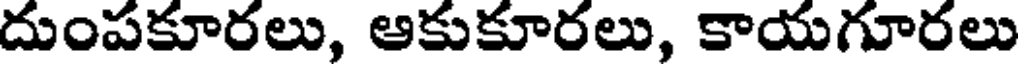
దుంపకూరలు, ఆకుకూరలు, కాయగూరలు